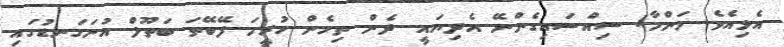
އެޅިއެވެ. މަންމާ! ސިއްސައިގެންނޭ އެދިޔައީ. ދެން ތިހެން ހުރީމަ ފޭބޭތަ ބަތޫލް އުނަގަނޑުގައި